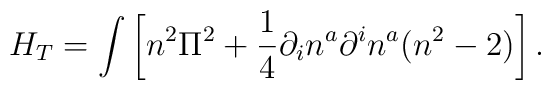
H_{T}  = \int \left[n^{2}\Pi^{2} +\frac{1}{4}\partial_{i}n^{a}\partial^{i}n^{a}(n^{2}-2)\right].